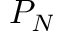
P _ { N }